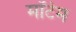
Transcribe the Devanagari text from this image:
मॉर्टम